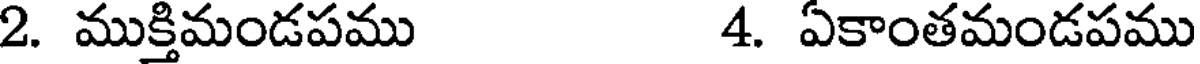
2. ముక్తిమండపము 4. ఏకాంతమండపము